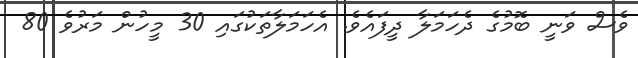
ވެސް ވަނީ ބޮމުގެ ދެހަމަލާ ދީފައެވެ. އެހަމަލާތަކުގައި 30 މީހުން މަރުވެ 80